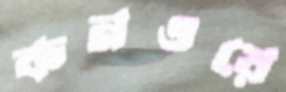
কনওয়ে